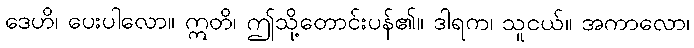
ဒေဟိ၊ ပေးပါလော။ ဣတိ၊ ဤသို့တောင်းပန်၏။ ဒါရက၊ သူငယ်။ အကာလော၊